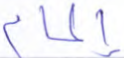
إلمام